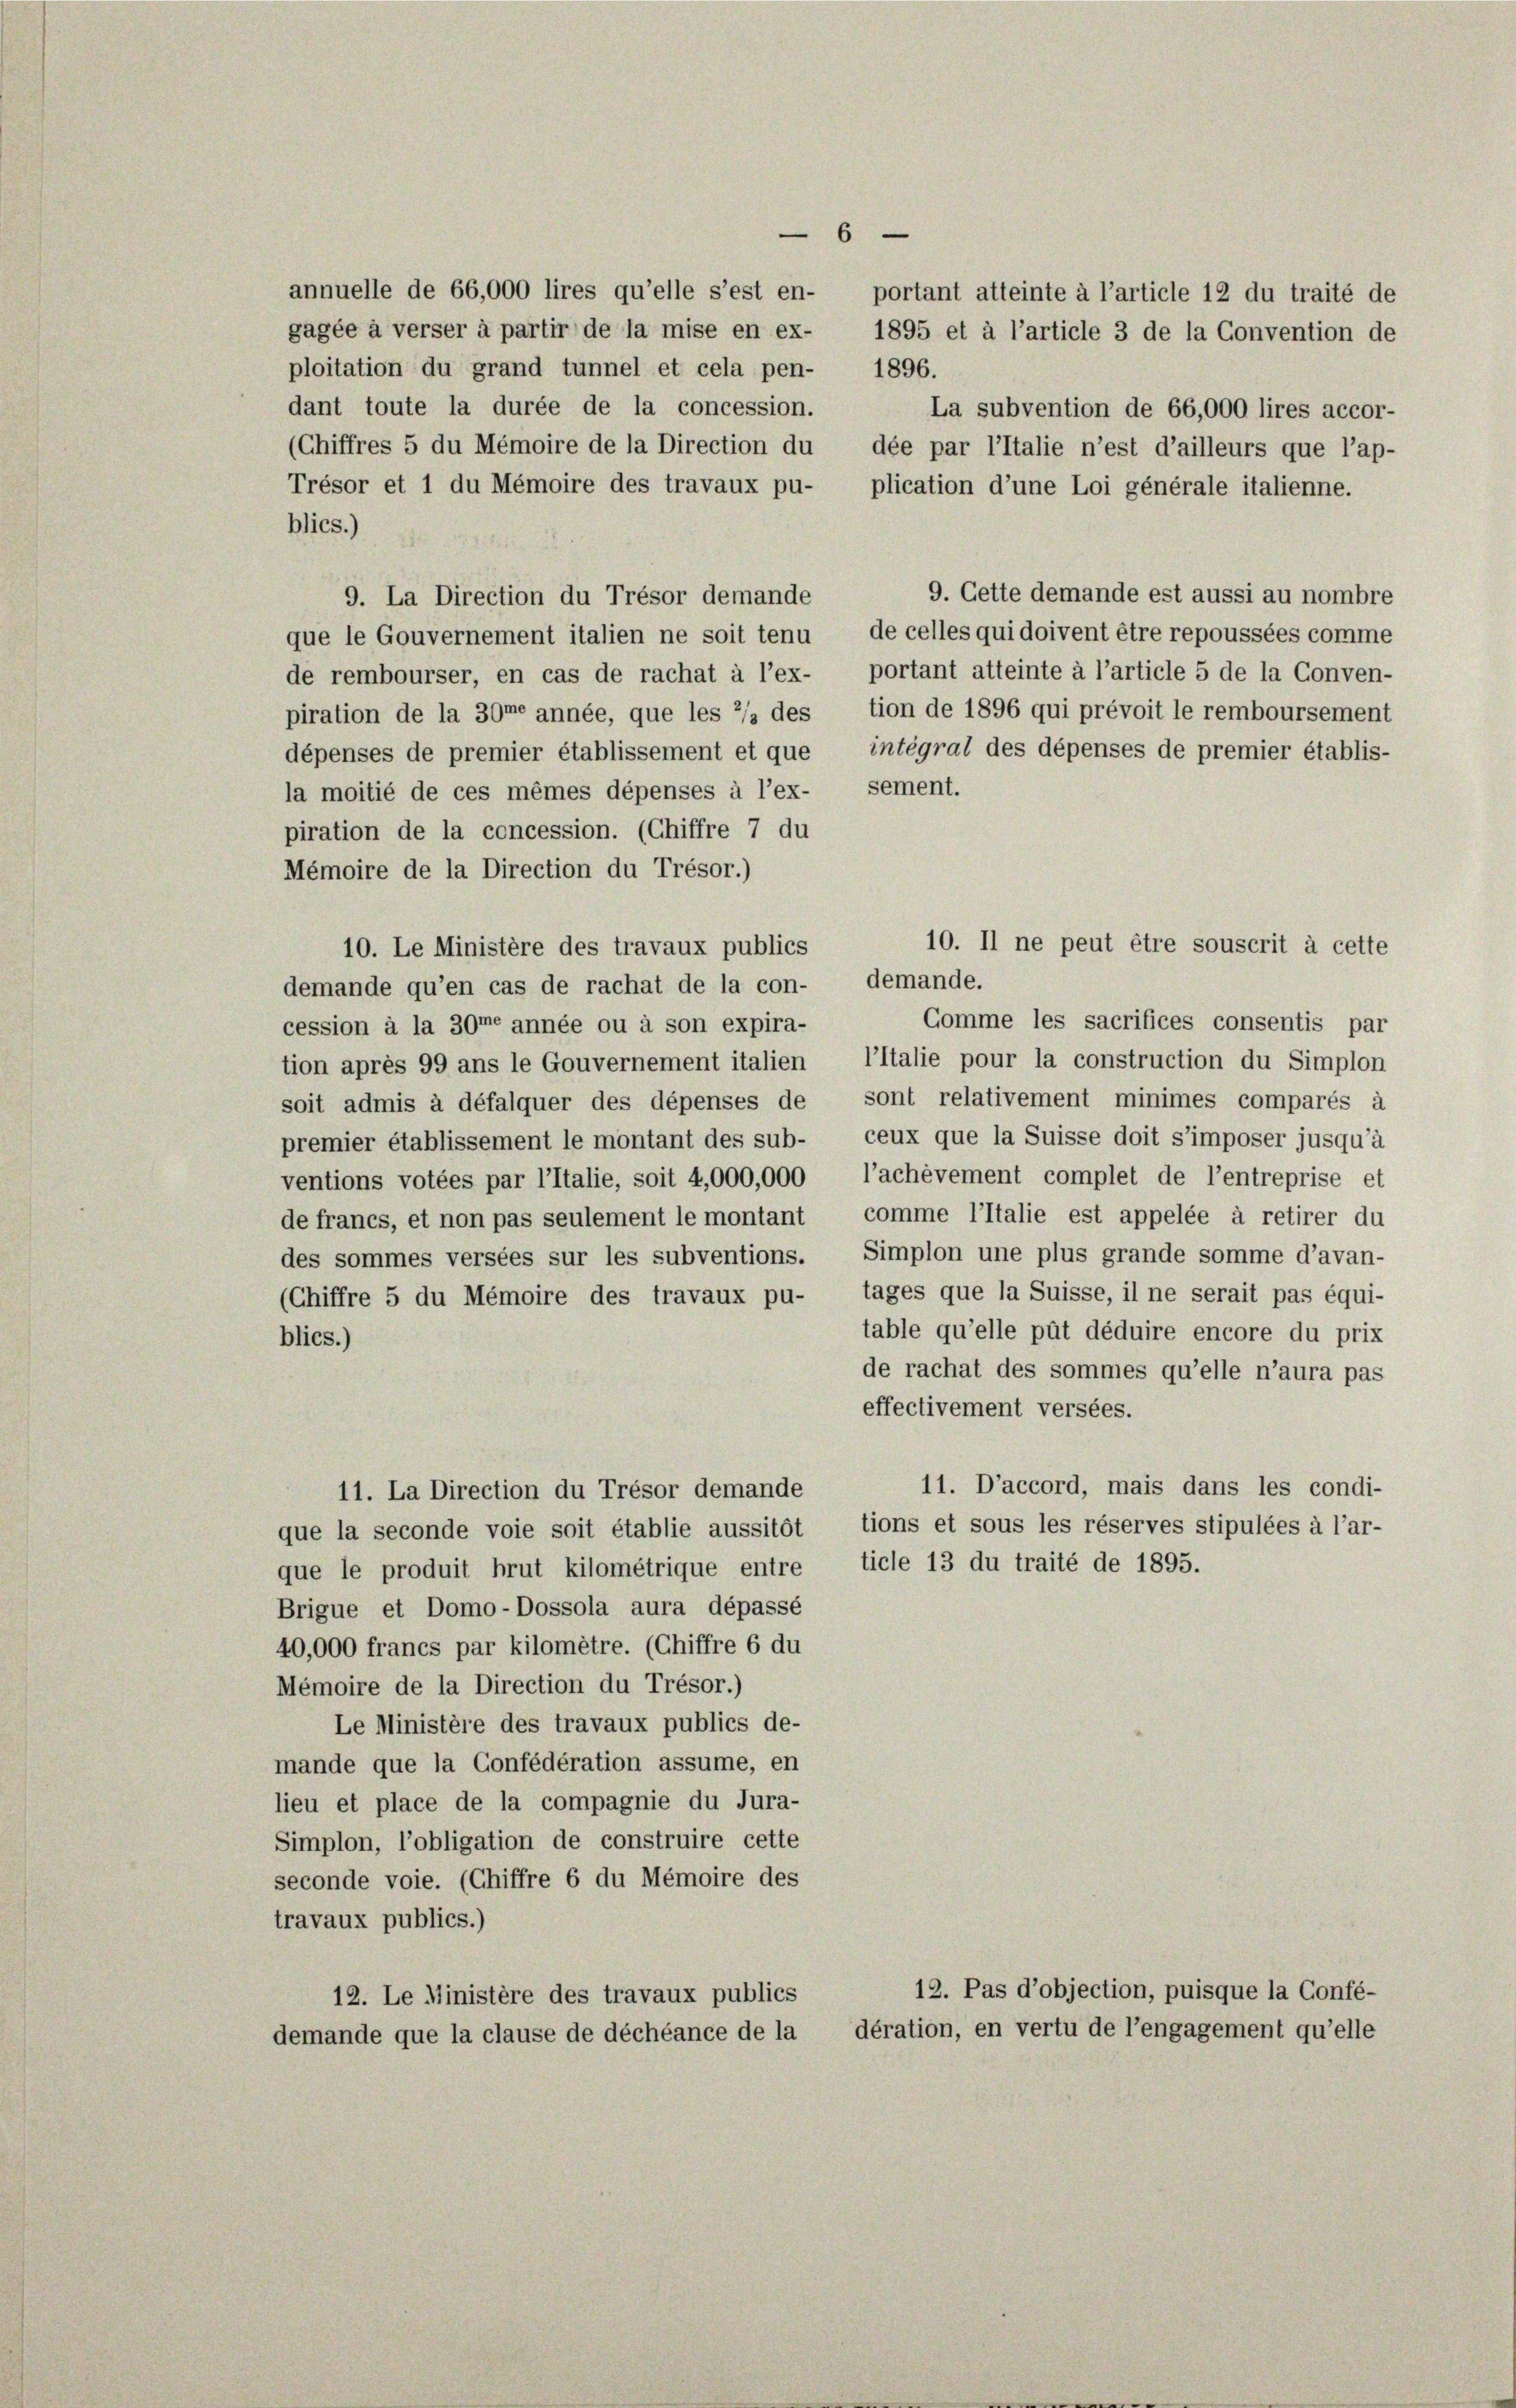
ploitation du grand tunnel et cela pen- 1896.
dant toute la durée de la concession.

6

annuelle de 66,000 lires qu’elle s’est en- portant atteinte à l’article 12 du traité de
gagée à verser à partir de la mise en ex- 1895 et à l’article 3 de la Convention de
La subvention de 66,000 lires accor-
(Chiffres 5 du Mémoire de la Direction du dée par l’Italie n’est d’ailleurs que l’ap-
Trésor et 1 du Mémoire des travaux pu- plication d’une Loi générale italienne.
blics.)
9. Cette demande est aussi au nombre
9. La Direction du Trésor demande
que le Gouvernement italien ne soit tenu de celles qui doivent être repoussées comme
de rembourser, en cas de rachat à l’ex- portant atteinte à l’article 5 de la Conven-
piration de la 30me année, que les 2/3 des tion de 1896 qui prévoit le remboursement
dépenses de premier établissement et que intégral des dépenses de premier établis-
la moitié de ces mêmes dépenses à l’ex- sement.
piration de la concession. (Chiffre 7 du
Mémoire de la Direction du Trésor.)
10. Le Ministère des travaux publics
demande qu’en cas de rachat de la con- demande.
Gomme les sacrifices consentis par
cession à la 30me année ou à son expira-
tion après 99 ans le Gouvernement italien, l’Italie pour la construction du Simplon
soit admis à défalquer des dépenses de sont relativement minimes comparés à
premier établissement le montant des sub- ceux que la Suisse doit s’imposer jusqu’à
ventions votées par l’Italie, soit 4,000,000, l’achèvement complet de l’entreprise et
de francs, et non pas seulement le montant, comme l’Italie est appelée à retirer du
des sommes versées sur les subventions. Simplon une plus grande somme d’avan-
(Chiffre 5 du Mémoire des travaux pu- tages que la Suisse, il ne serait pas équi-
table qu’elle pût déduire encore du prix
blics.)
de rachat des sommes qu’elle n’aura pas
effectivement versées.
11. D’accord, mais dans les condi-
11. La Direction du Trésor demande
que la seconde voie soit établie aussitôt tions et sous les réserves stipulées à l’ar-
que le produit hrut kilométrique entre ticle 13 du traité de 1895.
Brigue et Domo-Dossola aura dépassé
40,000 francs par kilomêtre. (Chiffre 6 du
Mémoire de la Direction du Trésor.)
Le Ministère des travaux publics de-
mande que la Confédération assume, en
lieu et place de la compagnie du Jura-
Simplon, l’obligation de construire cette
seconde voie. (Chiffre 6 du Mémoire des
travaux publics.)
12. Pas d’objection, puisque la Confé-
12. Le Ministère des travaux publics
dération, en vertu de l’engagement qu’elle
demande que la clause de déchéance de la

10. Il ne peut être souscrit à cette